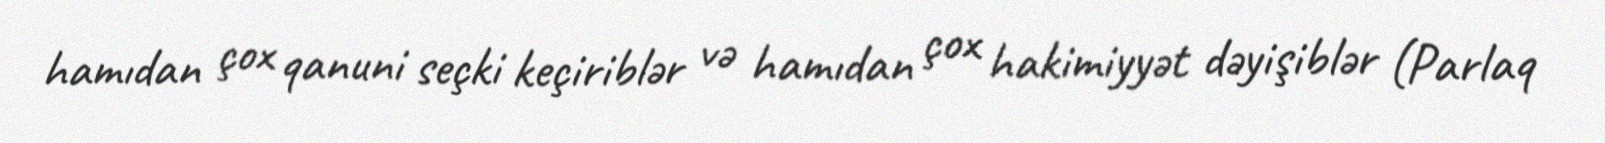
hamıdan çox qanuni seçki keçiriblər və hamıdan çox hakimiyyət dəyişiblər (Parlaq